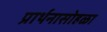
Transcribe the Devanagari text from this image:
प्रार्थनासोहळा